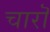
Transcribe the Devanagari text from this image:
चारॊ